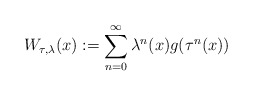
\begin{align*}W _{\tau , \lambda} ( x ) := \sum _{n=0} ^\infty \lambda ^n (x) g ( \tau ^n (x) )\end{align*}